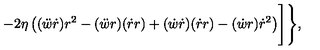
- 2 \eta \left( ( \ddot { w } \dot { r } ) r ^ { 2 } - ( \ddot { w } r ) ( \dot { r } r ) + ( \dot { w } \dot { r } ) ( \dot { r } r ) - ( \dot { w } r ) \dot { r } ^ { 2 } \right) \Biggr ] \Biggr \} ,